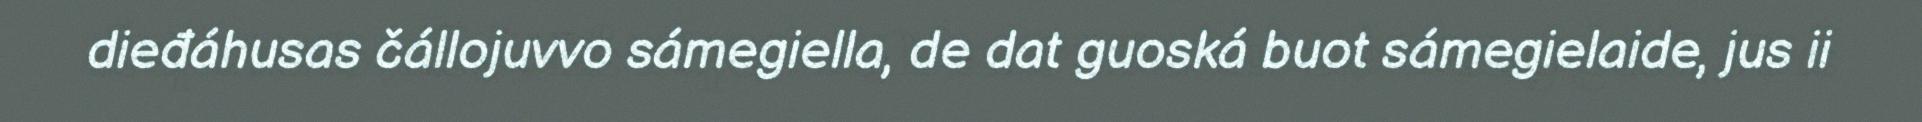
dieđáhusas čállojuvvo sámegiella, de dat guoská buot sámegielaide, jus ii